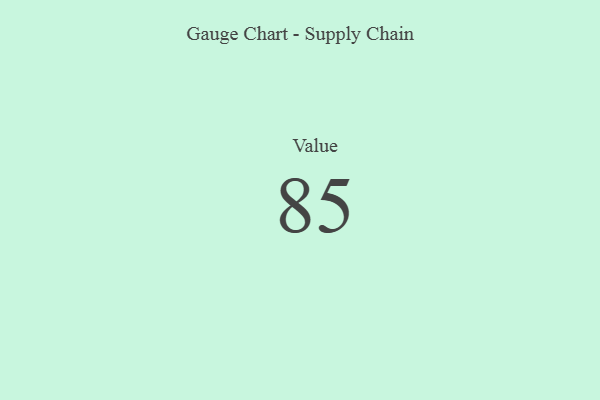
{"axis": {"x": "Metric", "y": "Value"}, "legend": [""], "data": [{"x": "Value", "y": 85, "type": ""}]}